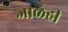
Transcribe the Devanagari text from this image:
जाळेही